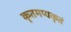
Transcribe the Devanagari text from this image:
कृतमप्यकृतं